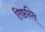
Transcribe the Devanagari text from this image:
तिष्ठन्ति